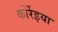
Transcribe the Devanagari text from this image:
कोर्रेइया